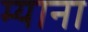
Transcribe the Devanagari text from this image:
म्याना